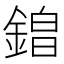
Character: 𮢡